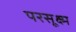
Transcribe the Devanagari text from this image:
परसूक्ष्म